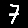
Digit: 7